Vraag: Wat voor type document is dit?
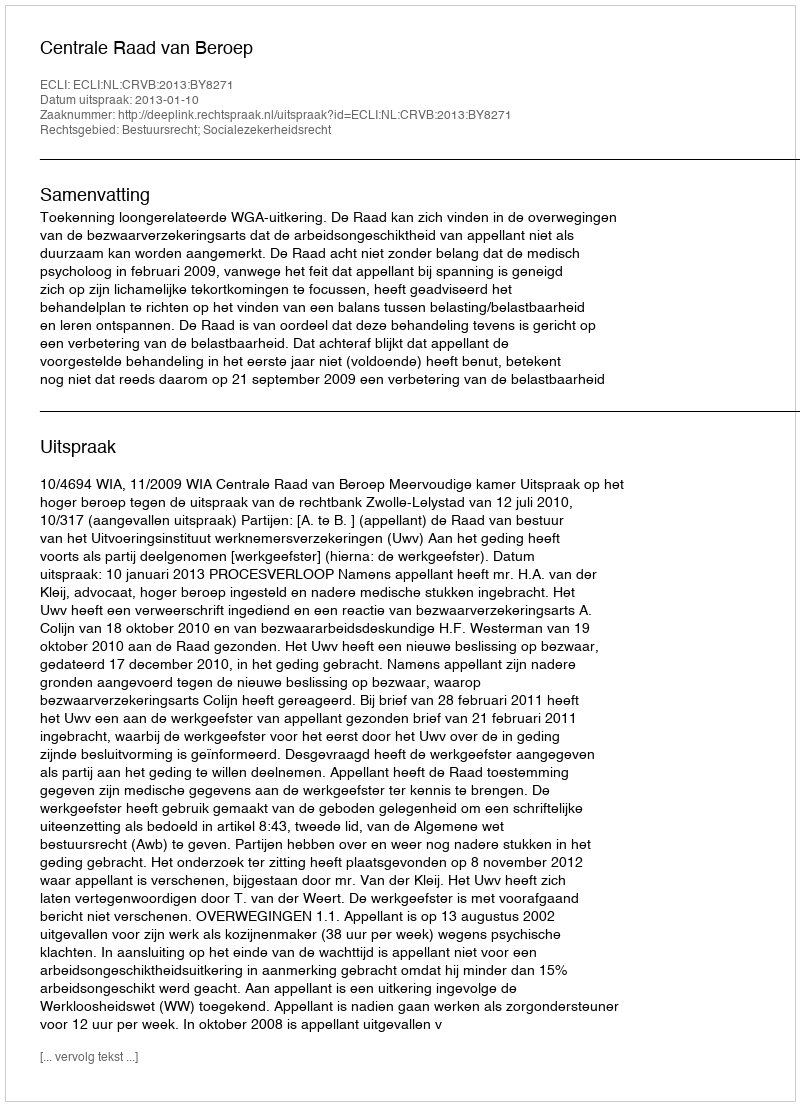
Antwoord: Uitspraak